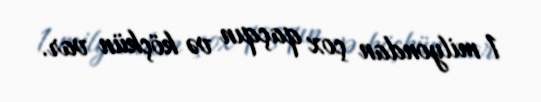
1 milyondan çox qaçqın və köçkün var.